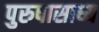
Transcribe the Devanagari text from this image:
पुरुषासाध्य